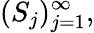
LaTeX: (S_{j})_{j=1}^{\infty},